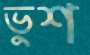
ভুশ